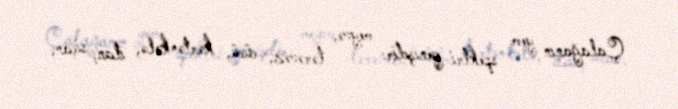
Çalağanın yem spektri genişdir: meyvə, tərəvəz, cücü, kərtənkələ, ilan, siçan,